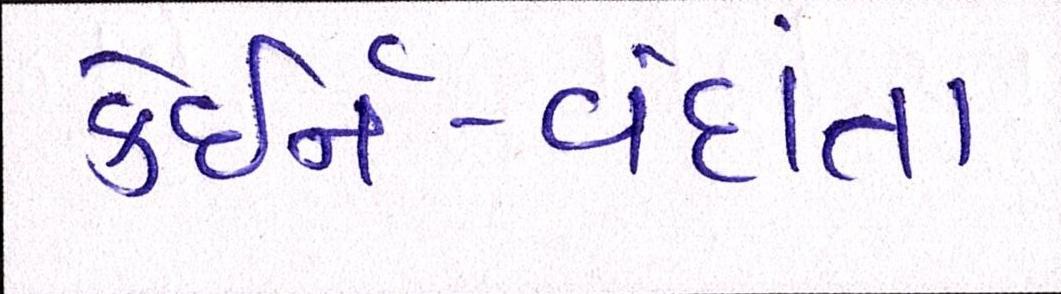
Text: કેઇર્ન-વેદાંતા